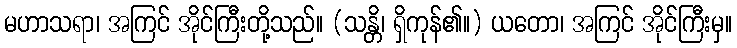
မဟာသရာ၊ အကြင် အိုင်ကြီးတို့သည်။ (သန္တိ၊ ရှိကုန်၏။) ယတော၊ အကြင် အိုင်ကြီးမှ။